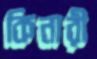
কিনারী